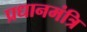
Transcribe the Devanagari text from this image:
प्रधानमंत्रि